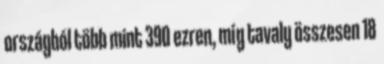
országból több mint 390 ezren, míg tavaly összesen 18